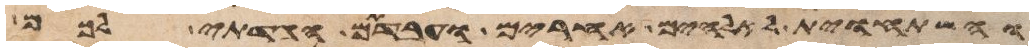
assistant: והשתחוית לאלהים אחרים ועבדתם הגדתי לכם